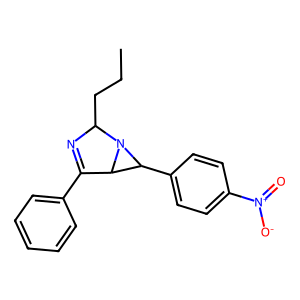
SMILES: CCCC1N=C(c2ccccc2)C2C(c3ccc([N+](=O)[O-])cc3)N12
Inhibits HIV replication: No